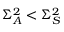
\Sigma _ { A } ^ { 2 } < \Sigma _ { S } ^ { 2 }